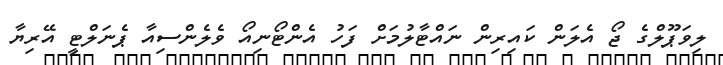
ލިވަޕޫލްގެ ޖޯ އެލަން ކައިރިން ނައްޓާލުމަށް ފަހު އެންޓޯނިއޯ ވެލެންސިއާ ޕެނަލްޓީ އޭރިޔާ